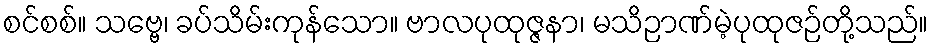
စင်စစ်။ သဗ္ဗေ၊ ခပ်သိမ်းကုန်သော။ ဗာလပုထုဇ္ဇနာ၊ မသိဉာဏ်မဲ့ပုထုဇဉ်တို့သည်။